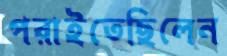
পরাইতেছিলেন